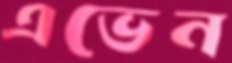
এভেন